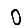
Digit: 0